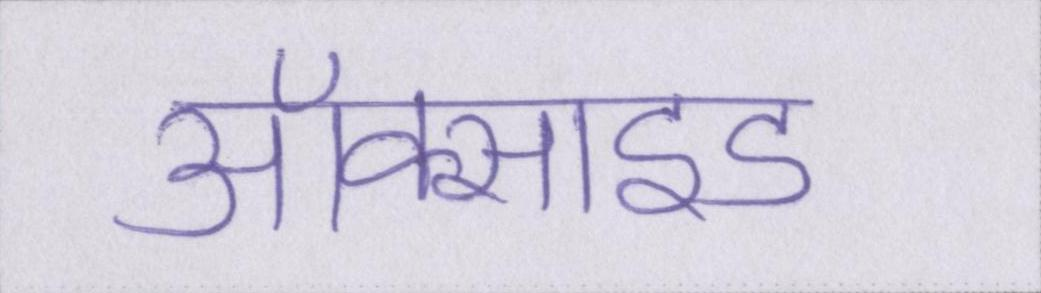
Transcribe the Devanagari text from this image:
ऑक्साइड